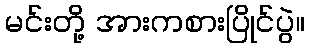
မင်းတို့ အားကစားပြိုင်ပွဲ။